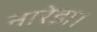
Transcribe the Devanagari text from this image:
नारेड़ा।